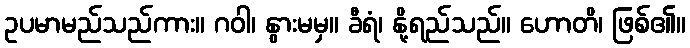
ဥပမာမည်သည်ကား။ ဂဝါ၊ နွားမမှ။ ခီရံ၊ နို့ရည်သည်။ ဟောတိ၊ ဖြစ်၏။